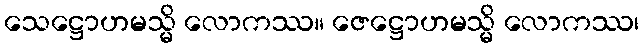
သေဋ္ဌောဟမသ္မိ လောကဿ။ ဇေဋ္ဌောဟမသ္မိ လောကဿ၊